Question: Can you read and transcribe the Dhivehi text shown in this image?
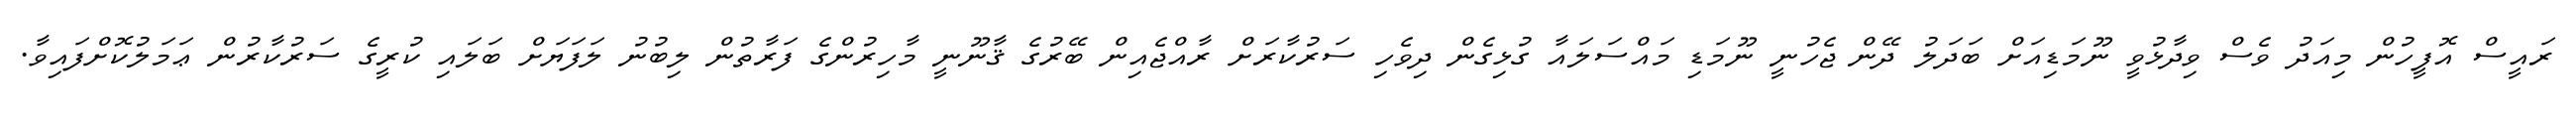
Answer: ރައީސް އޮފީހުން މިއަދު ވެސް ވިދާޅުވީ ނޫމަޑިއަށް ބަދަލު ދޭން ޖެހުނީ ނޫމަޑި މައްސަލައާ ގުޅިގެން ދިވެހި ސަރުކާރަށް ރާއްޖެއިން ބޭރުގެ ޤާނޫނީ މާހިރުންގެ ފަރާތުން ލިބުނު ލަފަޔަށް ބަލައި ކުރީގެ ސަރުކާރުން ޢަމަލުކޮށްފައިވާ.